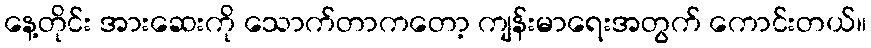
နေ့တိုင်း အားဆေးကို သောက်တာကတော့ ကျန်းမာရေးအတွက် ကောင်းတယ်။